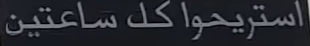
استريحوا كل ساعتين